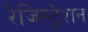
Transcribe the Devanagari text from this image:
रेजिस्ट्रेशन